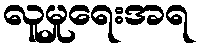
လူမှုရေးအရ